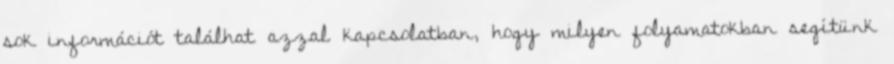
sok információt találhat azzal kapcsolatban, hogy milyen folyamatokban segítünk